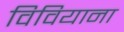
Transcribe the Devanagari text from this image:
विवियाना